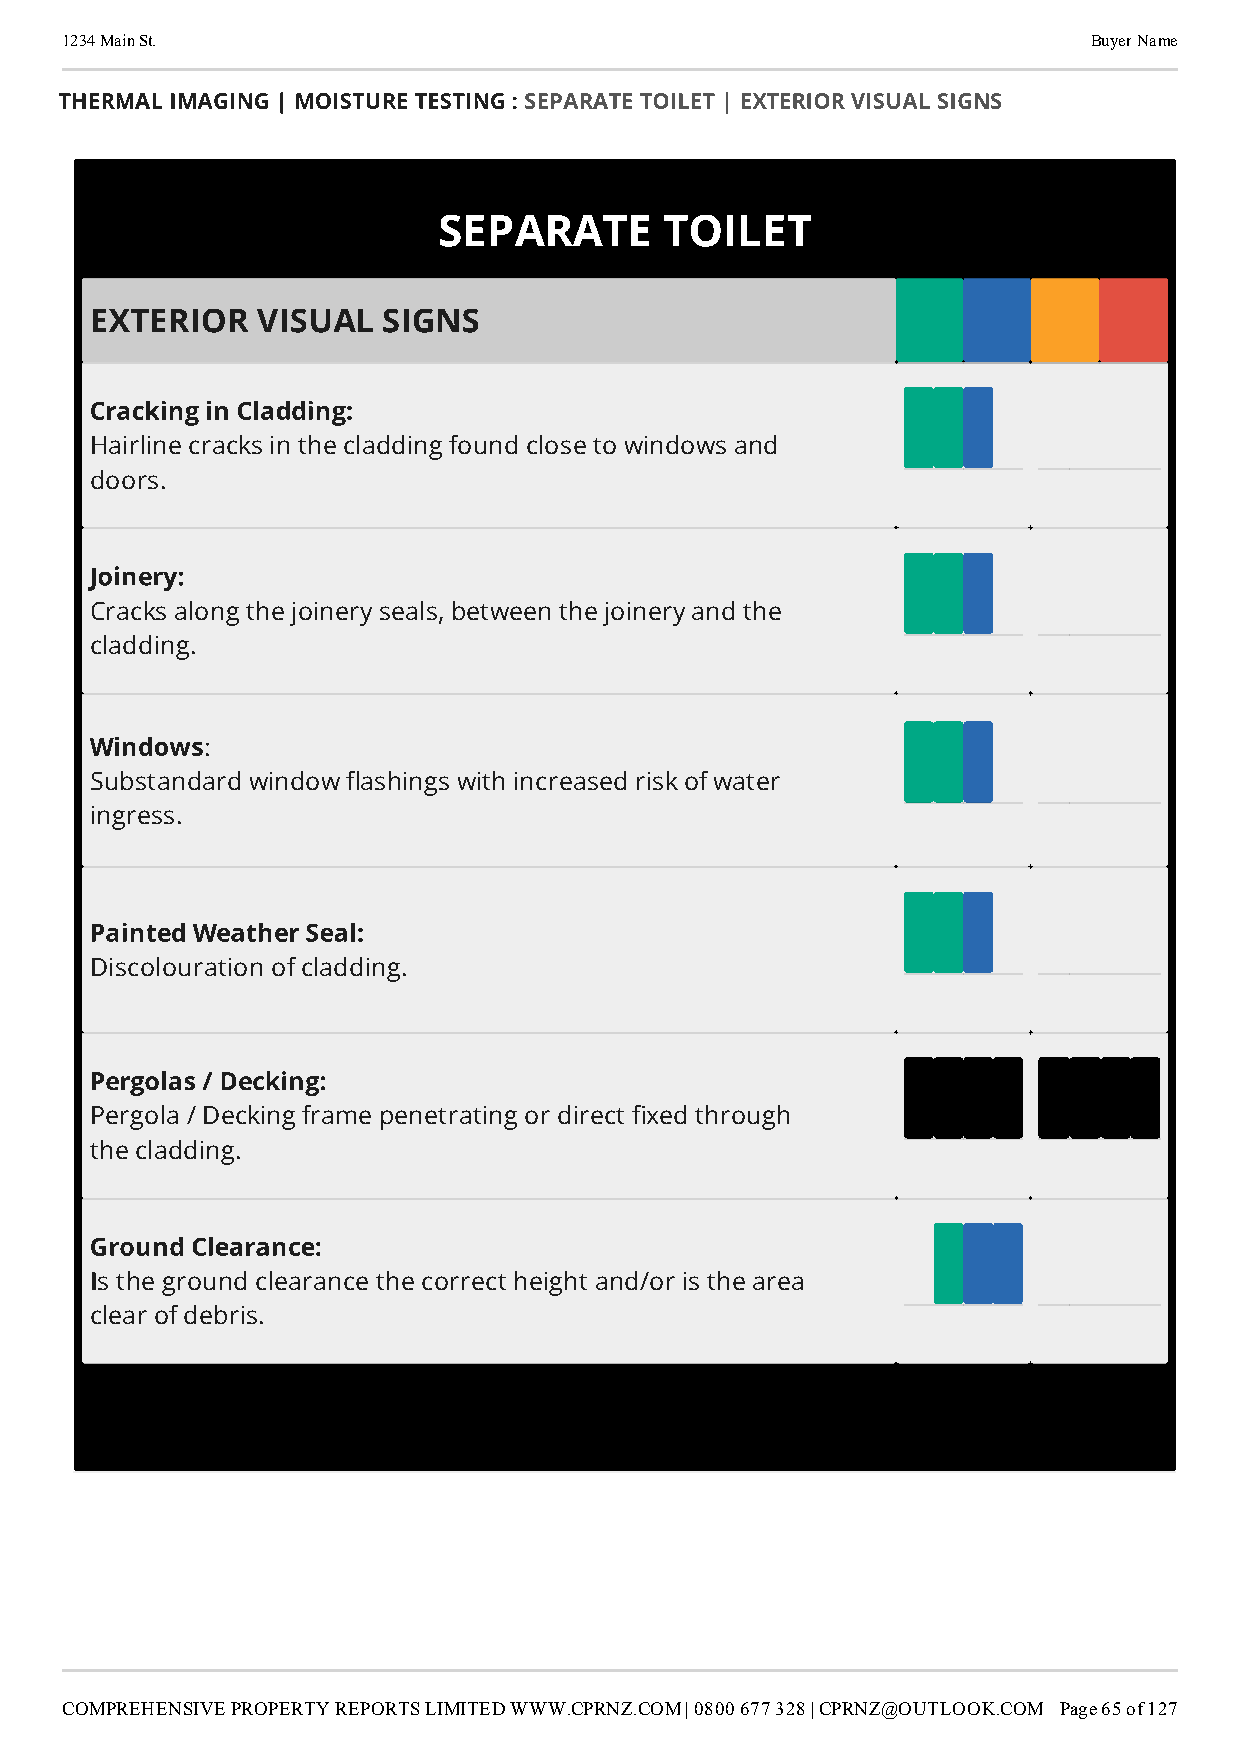
1234 Main St.                                                       Buyer Name
 THERMAL IMAGING | MOISTURE TESTING : SEPARATE TOILET | EXTERIOR VISUAL SIGNS
 SEPARATE       TOILET
 EXTERIOR   VISUAL  SIGNS
 Cracking in Cladding:
 Hairline cracks in the cladding found close to windows and
 doors.
 Joinery:
 Cracks along the joinery seals, between the joinery and the
 cladding.
 Windows
 :
 Substandard window ashings with increased risk of water
 ingress.
 Painted Weather Seal:
 Discolouration of cladding.
 Pergolas / Decking:
 Pergola / Decking frame penetrating or direct xed through
 the cladding.
 Ground Clearance:
 I
 s the ground clearance the correct height and/or is the area
 clear of debris.
 COMPREHENSIVE PROPERTY REPORTS LIMITED WWW.CPRNZ.COM | 0800 677 328 | CPRNZ@OUTLOOK.COM Page 65 of 127